Lunatic asylums Central Provinces reports 1895-1909 - 1895-1909
Year: 1895
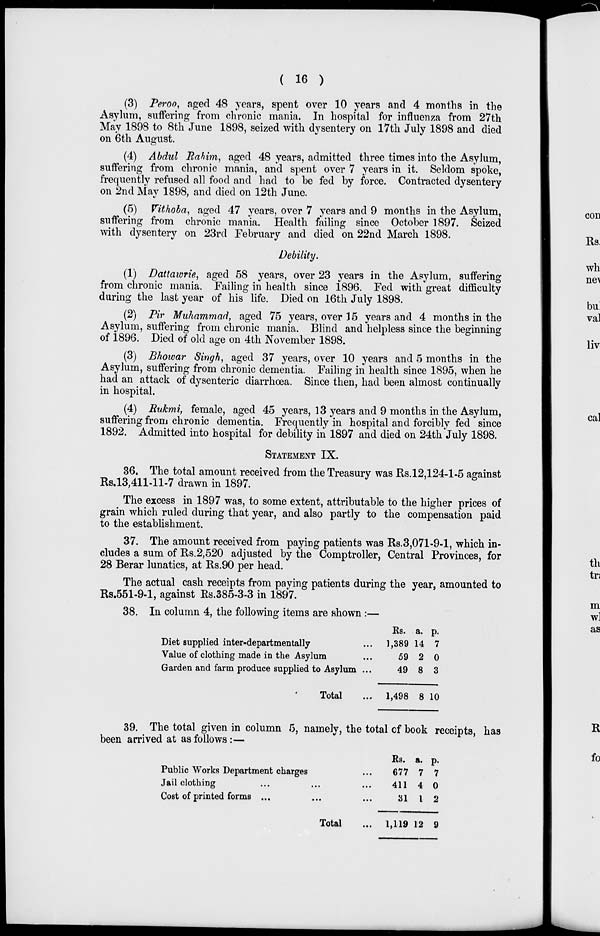
( 16 )
(3) Peroo, aged 48 years, spent over 10 years and 4 months in the
Asylum, suffering from chronic mania. In hospital for influenza from 27th
May 1898 to 8th June 1898, seized with dysentery on 17th July 1898 and died
on 6th August.
(4) Abdul Rahim, aged 48 years, admitted three times into the Asylum,
suffering from chronic mania, and spent over 7 years in it. Seldom spoke,
frequently refused all food and had to be fed by force. Contracted dysentery
on 2nd May 1898, and died on 12th June.
(5) Vithoba, aged 47 years, over 7 years and 9 months in the Asylum,
suffering from chronic mania. Health failing since October 1897. Seized
with dysentery on 23rd February and died on 22nd March 1898.
Debility.
(1) Dattawrie, aged 58 years, over 23 years in the Asylum, suffering
from chronic mania. Failing in health since 1896. Fed with great difficulty
during the last year of his life. Died on 16th July 1898.
(2) Pir Muhammad, aged 75 years, over 15 years and 4 months in the
Asylum, suffering from chronic mania. Blind and helpless since the beginning
of 1896. Died of old age on 4th November 1898.
(3) Bhowar Singh, aged 37 years, over 10 years and 5 months in the
Asylum, suffering from chronic dementia. Failing in health since 1895, when he
had an attack of dysenteric diarrhœa. Since then, had been almost continually
in hospital.
(4) Rukmi, female, aged 45 years, 13 years and 9 months in the Asylum,
suffering from chronic dementia. Frequently in hospital and forcibly fed since
1892. Admitted into hospital for debility in 1897 and died on 24th July 1898.
STATEMENT IX.
36. The total amount received from the Treasury was Rs.12,124-1-5 against
Rs.13,411-11-7 drawn in 1897.
The excess in 1897 was, to some extent, attributable to the higher prices of
grain which ruled during that year, and also partly to the compensation paid
to the establishment.
37. The amount received from paying patients was Rs.3,071-9-1, which in-
cludes a sum of Rs.2,520 adjusted by the Comptroller, Central Provinces, for
28 Berar lunatics, at Rs.90 per head.
The actual cash receipts from paying patients during the year, amounted to
Rs.551-9-1, against Rs.385-3-3 in 1897.
38. In column 4, the following items are shown :—
Diet supplied inter-departmentally ...
Value of clothing made in the Asylum ...
Garden and farm produce supplied to Asylum ...
Total ...
Rs.
1,389
59
49
1,498
a.
14
2
8
8
p.
7
0
3
10
39. The total given in column 5, namely, the total of book receipts, has
been arrived at as follows :—
Public Works Department charges ...
Jail clothing ...
Cost of printed forms ...
Total ...
Rs.
677
411
31
1,119
a.
7
4
1
12
p.
7
0
2
9